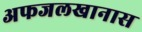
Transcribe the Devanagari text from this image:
अफजलखानास